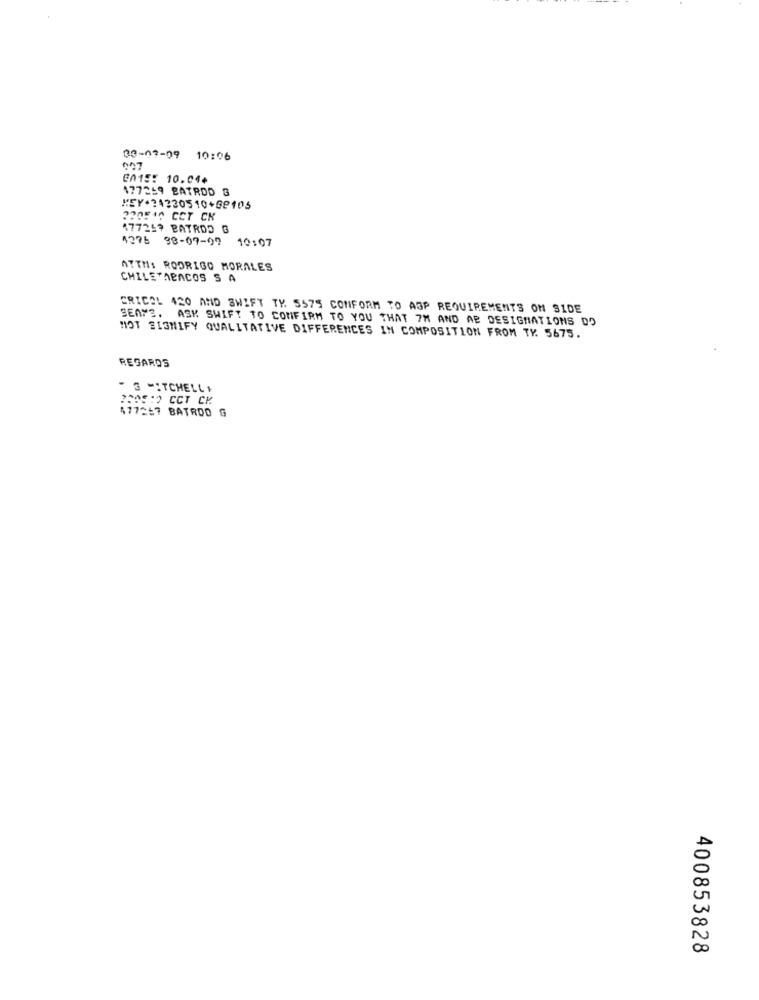
00-07-09
10:06
00155 10.04.
177259 BATROD G
477249 BATRDO G
4276 98-07-07
10:07
ATTHS RODRIGO MORALES
CHILETABACOS S A
CRICOL 420 AND SWIFT TY. 5575 CONFORM TO ASP REQUIREMENTS ON SIDE
SEATS. ASK SWIFT TO CONFIRM TO YOU THAT 7M AND AR DESIGNATIONS DD
MOT SIGNIFY QUALITATIVE DIFFERENCES IN COMPOSITION FROM TY. 5675.
REGARDS
- G -ITCHELL+
2205:2 CCT CK
477267 BATROO G
400853828